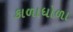
કાળાધોળા